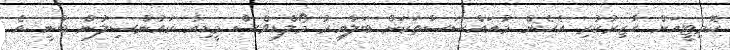
ކޮމިޓީއަށް ހާޒިރުކުރި އެހެން މުއައްސަސާތަކަށް ބަލާއިރު މޯލްޑިވްސް މީޑިއާ ކައުންސިލުން ބުނީ އެ